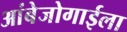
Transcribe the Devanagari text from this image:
आंबेजोगाईला